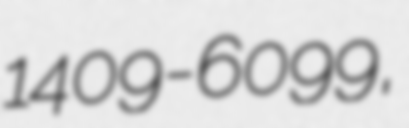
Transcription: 1409-6099,